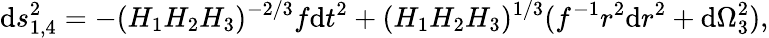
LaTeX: \mathrm{d}s_{1,4}^{2}=-(H_{1}H_{2}H_{3})^{-2/3}f\mathrm{d}t^{2}+(H_{1}H_{2}H_{3})^{1/3}(f^{-1}r^{2}\mathrm{d}r^{2}+\mathrm{d}\Omega_{3}^{2}),